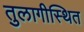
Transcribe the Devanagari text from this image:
तुलागीस्थित